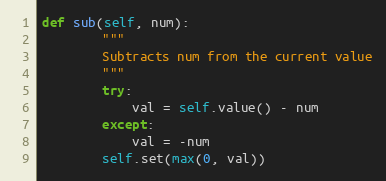
Language: Python
def sub(self, num):
        """
        Subtracts num from the current value
        """
        try:
            val = self.value() - num
        except:
            val = -num
        self.set(max(0, val))